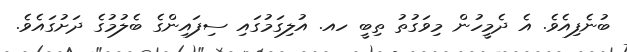
ބުނެފިއެވެ. އެ ދެމީހުން މިވަގުތު ތިބީ ހއ. އުލިގަމުގައި ސިފައިންގެ ބެލުމުގެ ދަށުގައެވެ.